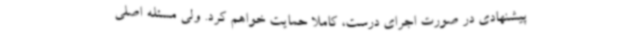
پیشنهادی در صورت اجرای درست، کاملا حمایت خواهم کرد. ولی مسئله اصلی